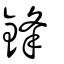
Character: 鋒